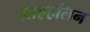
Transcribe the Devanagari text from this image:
लोएहलिन